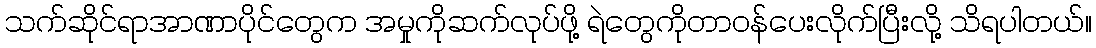
သက်ဆိုင်ရာအာဏာပိုင်တွေက အမှုကိုဆက်လုပ်ဖို့ ရဲတွေကိုတာဝန်ပေးလိုက်ပြီးလို့ သိရပါတယ်။